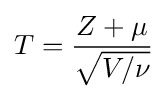
T={\frac {Z+\mu }{\sqrt {V/\nu }}}